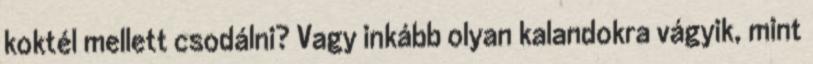
koktél mellett csodálni? Vagy inkább olyan kalandokra vágyik, mint